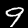
Label: 9